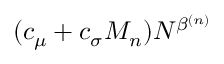
( c _ { \mu } + c _ { \sigma } M _ { n } ) N ^ { \beta ^ { ( n ) } }